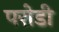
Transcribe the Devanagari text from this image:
परोडी